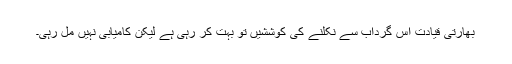
بھارتی قیادت اس گرداب سے نکلنے کی کوششیں تو بہت کر رہی ہے لیکن کامیابی نہیں مل رہی۔